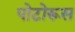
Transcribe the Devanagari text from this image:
पोटोरूस